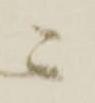
ニ